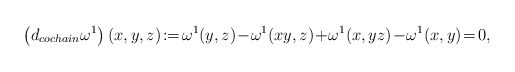
\begin{align*}\left(d_{cochain}\omega^1\right)(x,y,z)\!:=\!\omega^1(y,z)\!-\!\omega^1(xy,z)\!+\!\omega^1(x,yz)\!-\!\omega^1(x,y)\!=\!0,\end{align*}